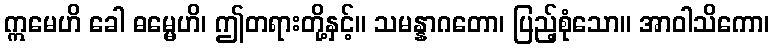
ဣမေဟိ ခေါ ဓမ္မေဟိ၊ ဤတရားတို့နှင့်။ သမန္နာဂတော၊ ပြည့်စုံသော။ အာဝါသိကော၊